Burma Government Medical School reports 1923-41
Year: 1923
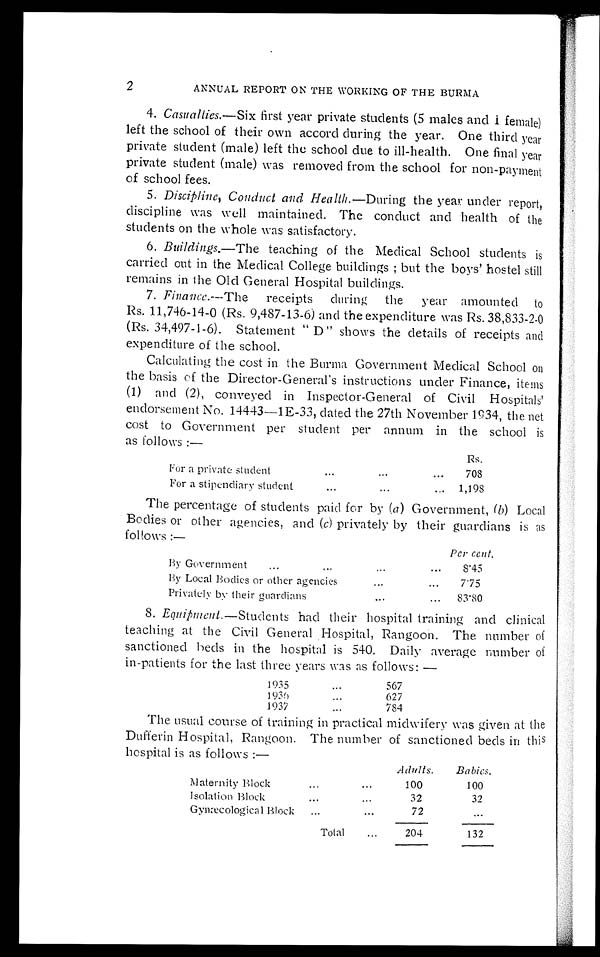
2
ANNUAL REPORT ON THE WORKING OF THE BURMA
4. Casualties.—Six first year private students (5 males and 1 female)
left the school of their own accord during the year. One third year
private student (male) left the school due to ill-health. One final year
private student (male) was removed from the school for non-payment
of school fees.
5. Discipline, Conduct and Health.— During the year under report,
discipline was well maintained. The conduct and health of the
students on the whole was satisfactory.
6. Buildings.—The teaching of the Medical School students is
carried out in the Medical College buildings; but the boys' hostel still
remains in the Old General Hospital buildings.
7. Finance.—The receipts during the year amounted to
Rs.11,746-14-0 (Rs. 9,487-13-6) and the expenditure was Rs.38,833-2-0
(Rs.34,497-1-6). Statement "D" shows the details of receipts and
expenditure of the school.
Calculating the cost in the Burma Government Medical School on
the basis of the Director-General's instructions under Finance, items
(1) and (2), conveyed in Inspector-General of Civil Hospitals'
endorsement No. 14443-1E-33, dated the 27th November 1934, the net
cost to Government per student per annum in the school is
a s f o l l o w s : —
Rs .
For a Private student. . .
708
For a stipendiary student . . .
1,198
The percentage of students paid for by ( a ) Government, ( b) Local
Bodies or other agencies, and ( c) privately by their guardians is as
follows:—
Per cent.
By Government . . .
8.45
By Local Bodies or other agencies . . .
7.75
Privately by their guardians . . .
83.80
8. Equipment.— S t u d e n t s h a d t h e i r h o s p i t a l t r a i n i n g a n d c l i n i c a l
teaching at the Civil General Hospital, Rangoon. The number of
sanctioned beds in the hospital is 540. Daily average number of
in-patients for the last three years was as follows:—
1935 . . .
567
1936 . . .
627
1937. . .
784
The usual course of training in practical midwifery was given at the
Dufferin Hospital, Rangoon. The number of sanctioned beds in this
hospital is as follows:—
Adults.
Babies.
Maternity Block . . .
100
100
Isolation Block . . .
32
32
Gynæcological Block . . .
72
. . .
Total . . .
204
132